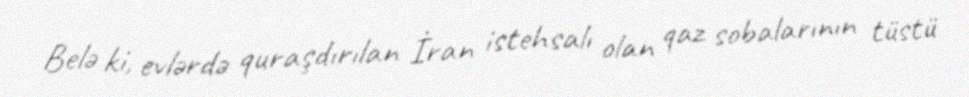
Belə ki, evlərdə quraşdırılan İran istehsalı olan qaz sobalarının tüstü